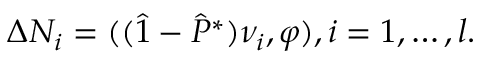
\Delta N _ { i } = ( ( \hat { 1 } - \hat { P } ^ { * } ) \nu _ { i } , \varphi ) , i = 1 , \ldots , l .